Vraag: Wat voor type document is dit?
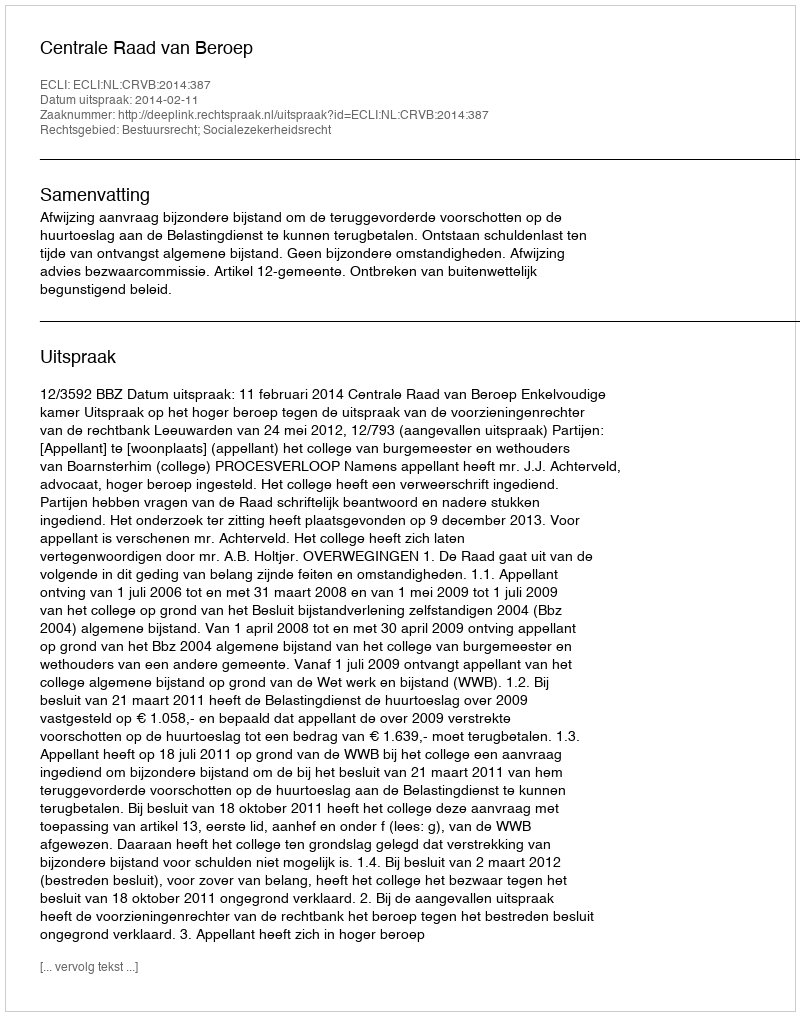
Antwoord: Uitspraak